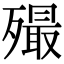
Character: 𣩡